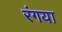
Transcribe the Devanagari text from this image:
रंगया